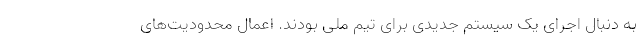
به دنبال اجرای یک سیستم جدیدی برای تیم ملی بودند. اعمال محدودیت‌های